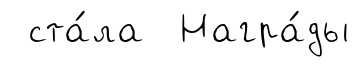
ста́ла Награ́ды